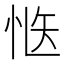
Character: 𭜱